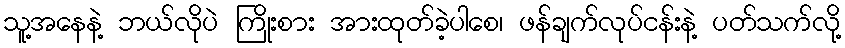
သူ့အနေနဲ့ ဘယ်လိုပဲ ကြိုးစား အားထုတ်ခဲ့ပါစေ၊ ဖန်ချက်လုပ်ငန်းနဲ့ ပတ်သက်လို့